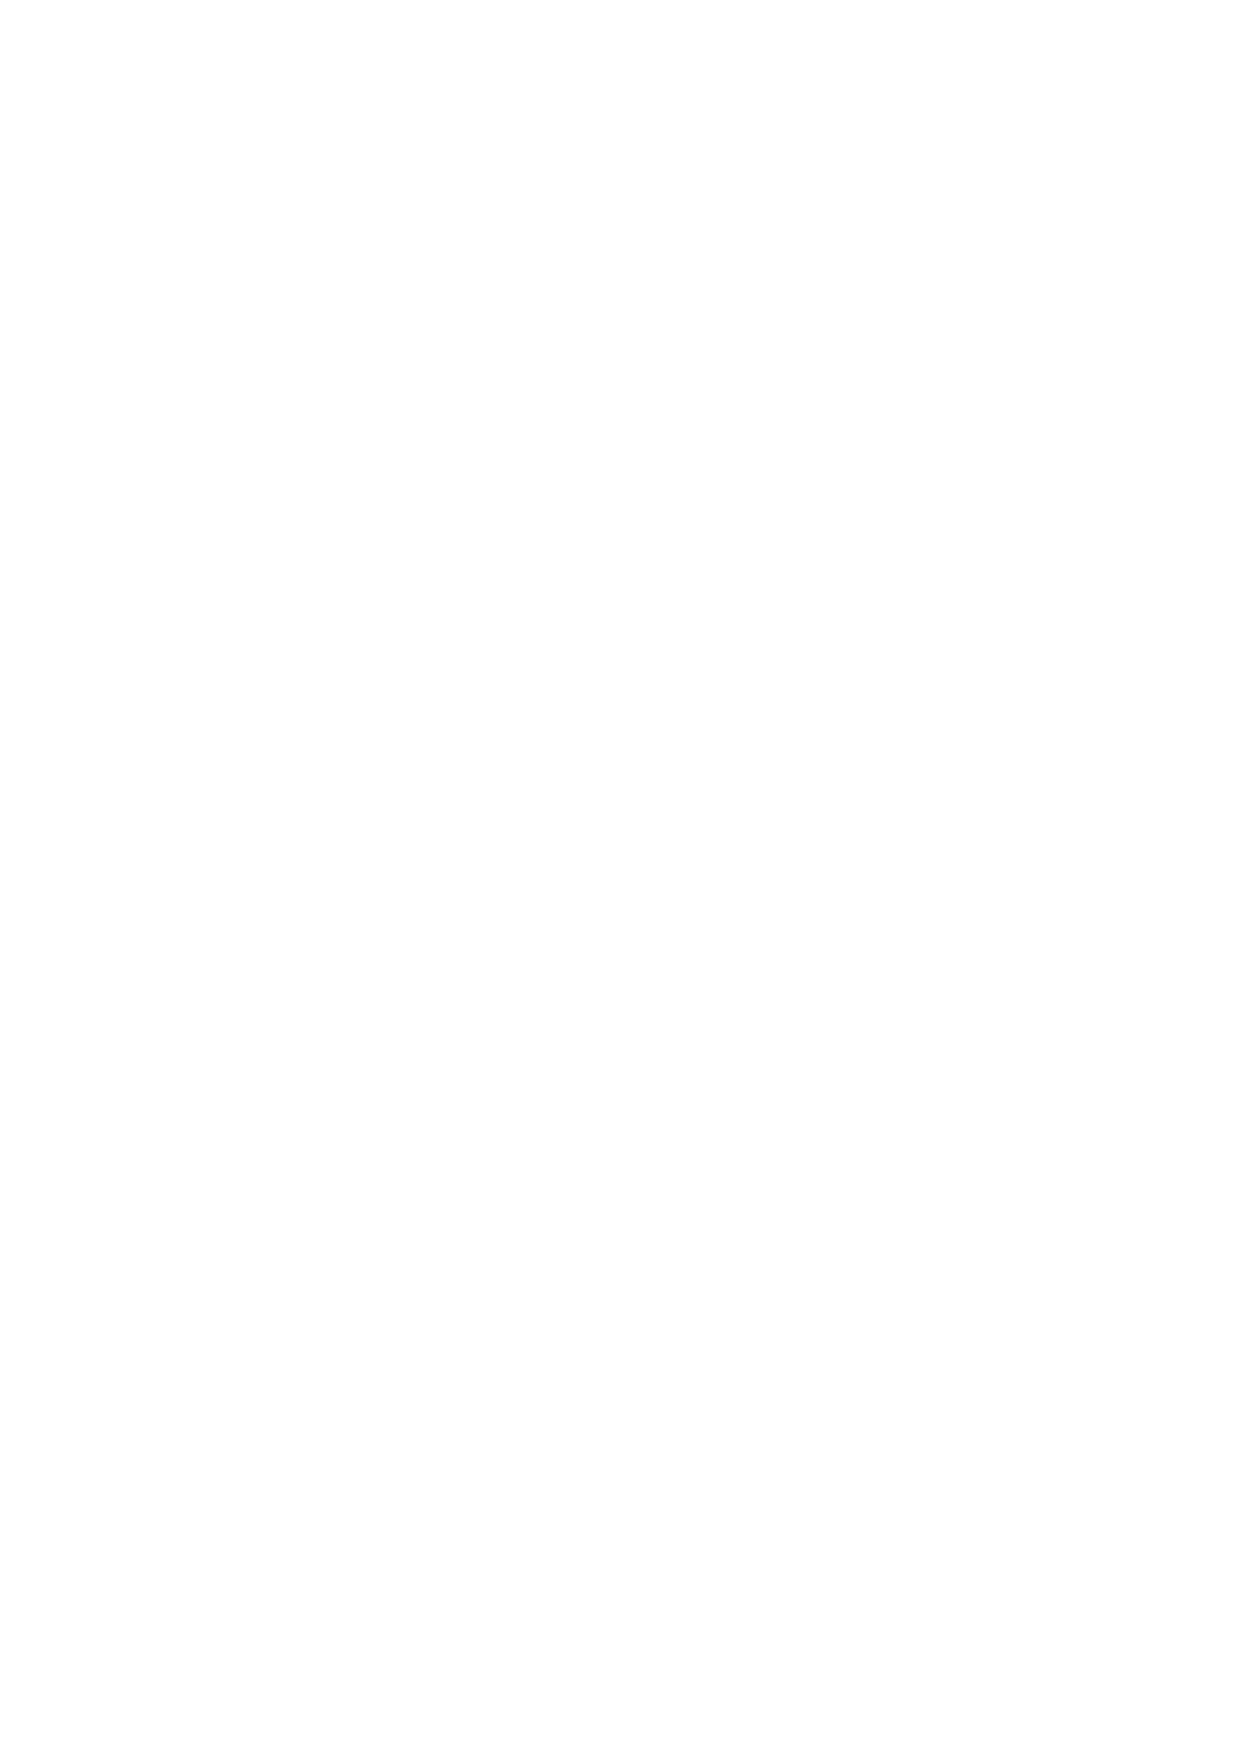
제7회 행복의 경제학 국제회의 전주                                         기후위기와 지역화
 The    7th
 International             Conference
 Economics
 on   the
 of    Happiness                  Jeonju
 3